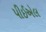
પીઈએલ